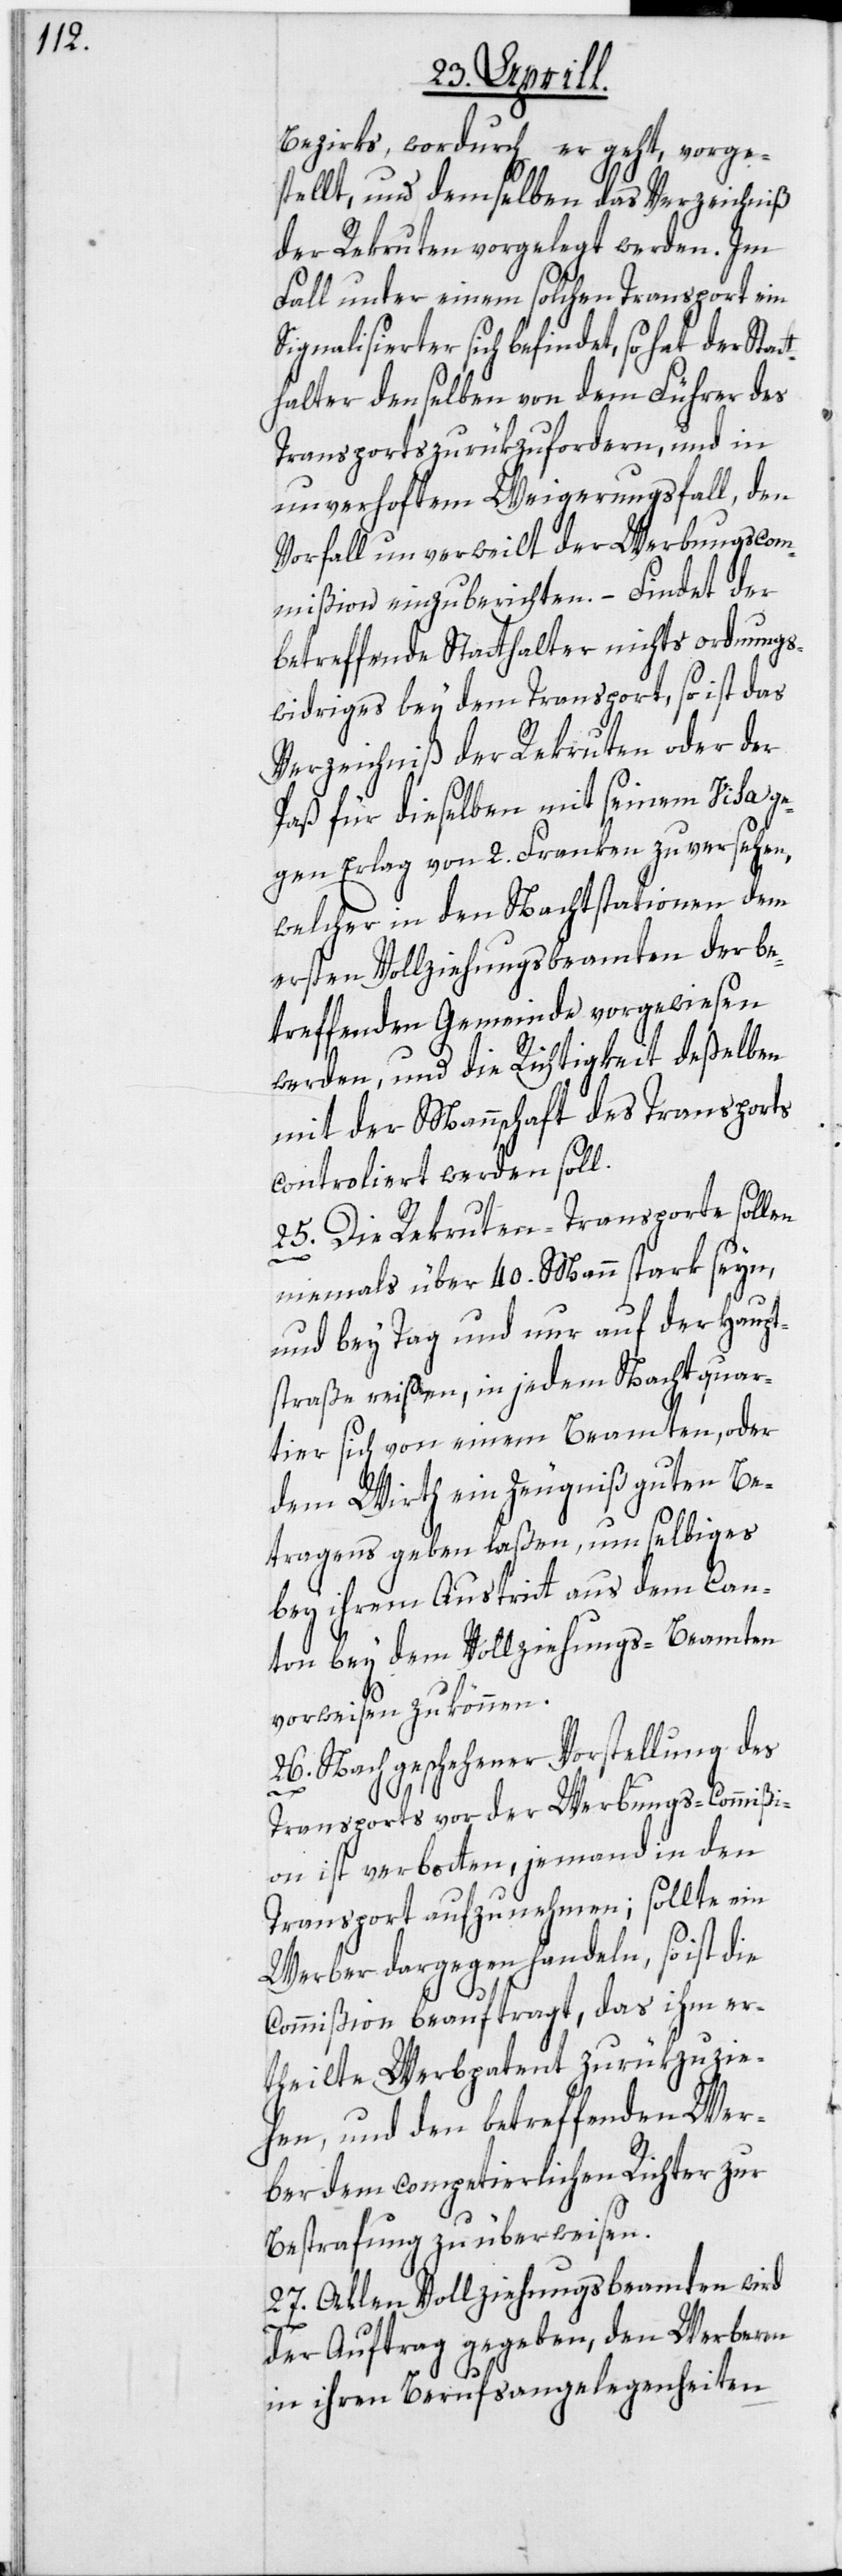
Bezirks, wordurch er geht, vorge¬
stellt, und demselben das Verzeichniß
der Rekruten vorgelegt werden. Im
Fall unter einem solchen Transport ein
Signalisierter sich befindet, so hat der Stat¬
thalter denselben von dem Führer des
Transports zurükzufordern, und in
unverhof[f]tem Weigerungsfall, den
Vorfall unverweilt der Werbungscom¬
mißion einzuberichten. – Findet der
betreffende Statthalter nichts ordnungs¬
widriges bey dem Transport, so ist das
Verzeichniß der Rekruten oder der
Paß für dieselben mit seinem Visa ge¬
gen Erlag von 2. Franken zu versehen,
welcher in den Nachtstationen dem
ersten Vollziehungsbeamten der be¬
treffenden Gemeinde vorgewiesen
werden, und die Richtigkeit deßelben
mit der Mannschaft des Transports
controliert werden soll.
25. Die Rekruten-Transporte sollen
niemals über 40. Mann stark seyn,
und bey Tag und nur auf der Haupt¬
straße reisen, in jedem Nachtquar¬
tier sich von einem Beamten, oder
dem Wirth ein Zeugniß guten Be¬
tragens geben laßen, um selbiges
bey ihrem Austritt aus dem Can¬
ton bey dem Vollziehungs-Beamten
vorweisen zu können.
26. Nach geschehener Vorstellung des
Transports vor der Werbungs-Commißi¬
on ist verbotten, jemand in den
Transport aufzunehmen; sollte ein
Werber dargegen handeln, so ist die
Commißion beauftragt, das ihm er¬
theilte Werbpatent zurükzuzie¬
hen, und den betreffenden Wer¬
ber dem competierlichen Richter zur
Bestrafung zu überweisen.
27. Allen Vollziehungsbeamten wird
der Auftrag gegeben, den Werbern
in ihren Berufsangelegenheiten